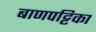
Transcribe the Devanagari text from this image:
बाणपट्टिका